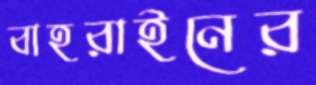
বাহরাইনের